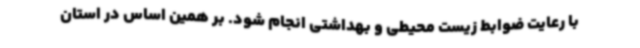
با رعایت ضوابط زیست محیطی و بهداشتی انجام شود. بر همین اساس در استان